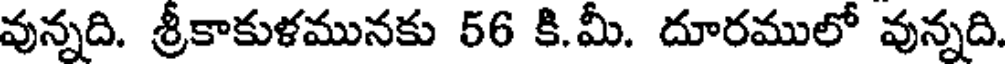
వున్నది. శ్రీకాకుళమునకు 56 కి.మీ. దూరములో వున్నది.